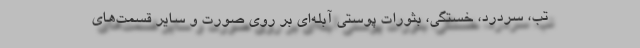
تب، سردرد، خستگی، بثورات پوستی آبله‌ای بر روی صورت و سایر قسمت‌های